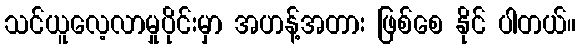
သင်ယူလေ့လာမှုပိုင်းမှာ အဟန့်အတား ဖြစ်စေ နိုင် ပါတယ်။